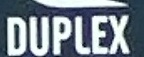
DUPLEX